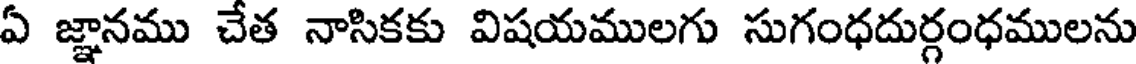
ఏ జ్ఞానము చేత నాసికకు విషయములగు సుగంధదుర్గంధములను